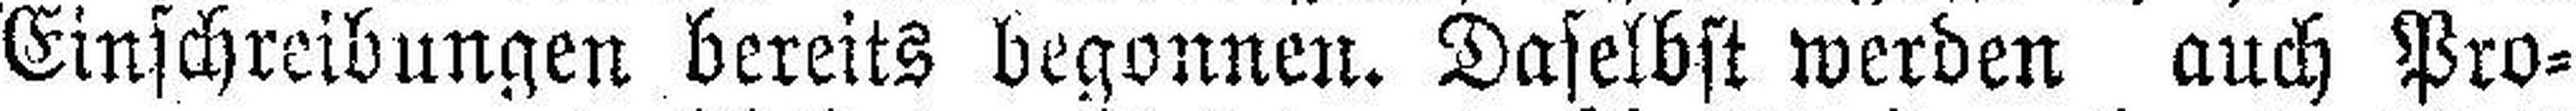
Einschreibungen bereits begonnen. Daselbst werden auch Pro¬